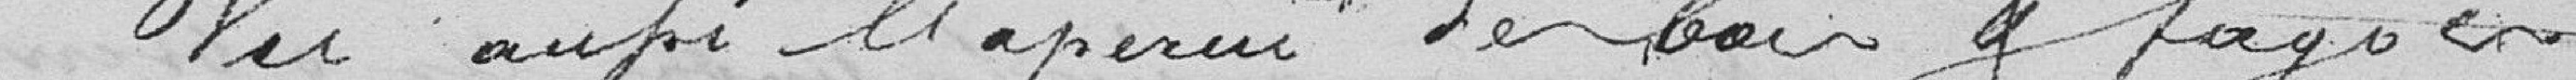
Vu aussi l'aperçu des bois et fagots en